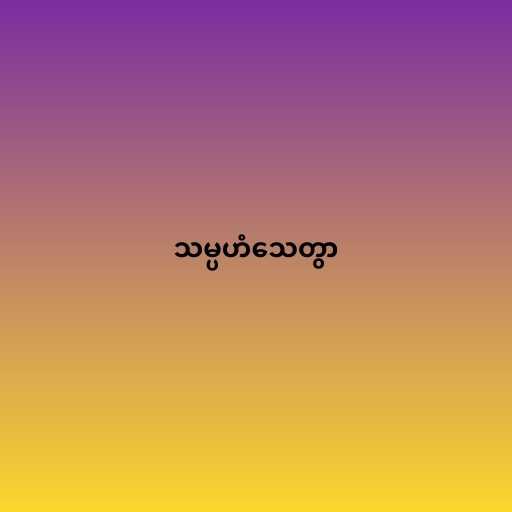
သမ္ပဟံသေတွာ